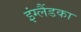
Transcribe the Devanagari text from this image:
इंग्लैंडका